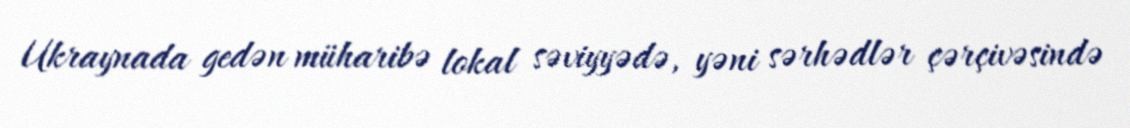
Ukraynada gedən müharibə lokal səviyyədə, yəni sərhədlər çərçivəsində